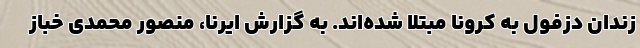
زندان دزفول به کرونا مبتلا شده‌اند. به گزارش ایرنا، منصور محمدی خباز